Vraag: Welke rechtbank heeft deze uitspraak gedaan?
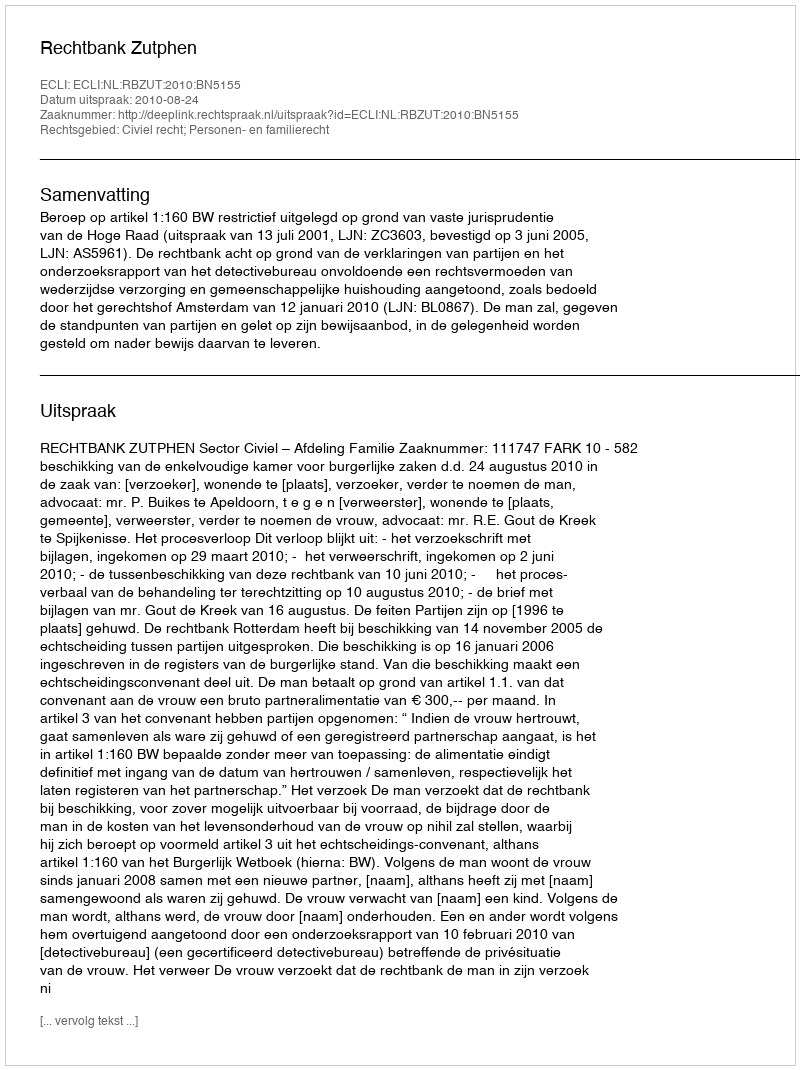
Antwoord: Rechtbank Zutphen